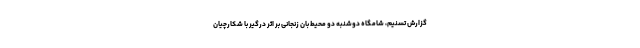
گزارش تسنیم، شامگاه دوشنبه دو محیط بان زنجانی بر اثر درگیر با شکارچیان